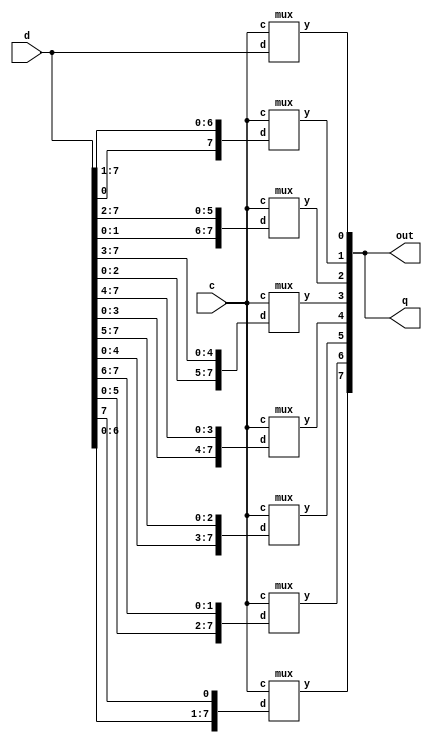

module barrel_shifter(d,out,q,c); // Main module of 8-Bit Barrel shifter
  input [7:0]d;
  output [7:0]out,q;
  input[2:0]c;
  mux m1(q[0],d,c);
  mux m2(q[1],{d[0],d[7:1]},c);
  mux m3(q[2],{d[1:0],d[7:2]},c);
  mux m4(q[3],{d[2:0],d[7:3]},c);
  mux m5(q[4],{d[3:0],d[7:4]},c);
  mux m6(q[5],{d[4:0],d[7:5]},c);
  mux m7(q[6],{d[5:0],d[7:6]},c);
  mux m8(q[7],{d[6:0],d[7:7]},c);
  assign out=q;
endmodule

module mux(y,d,c); // Sub module of 8-Bit barrel shifter
  input[7:0]d;
  output y;
  reg y;
  input [2:0]c;
  always @ (c)
  begin
    if (c==3'b000)
      y = d[0];
    else if (c==3'b001)
      y = d[1];
      else if (c==3'b010)
      y = d[2];
      else if (c==3'b011)
      y = d[3];
      else if (c==3'b100)
      y = d[4];
      else if (c==3'b101)
      y = d[5];
      else if (c==3'b110)
      y = d[6];
      else if (c==3'b111)
      y = d[7];
    end
  endmodule